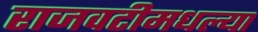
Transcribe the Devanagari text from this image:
राजवटीमधल्या